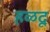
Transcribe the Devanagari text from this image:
हळदू